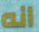
انه